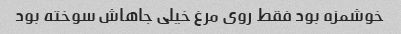
خوشمزه بود فقط روی مرغ خیلی جاهاش سوخته بود